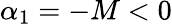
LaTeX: \alpha_{1}=-M<0